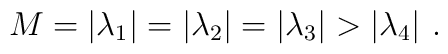
M=|\lambda_1|=|\lambda_2|=|\lambda _3|>|\lambda_4|\ .